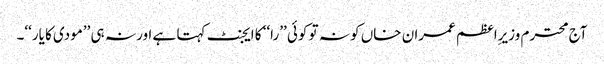
آج محترم وزیرِاعظم عمران خاں کو نہ تو کوئی ’’را‘‘ کا ایجنٹ کہتا ہے اور نہ ہی ’’مودی کا یار‘‘۔